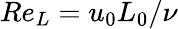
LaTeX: Re_{L}=u_{0}L_{0}/\nu